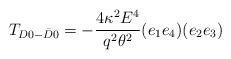
LaTeX: \begin{align*}T_{D0-\bar D0}=-\frac{4 \kappa^2 E^4}{q^2 \theta^2}(e_1 e_4) (e_2 e_3)\end{align*}